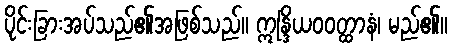
ပိုင်းခြားအပ်သည်၏အဖြစ်သည်။ ဣန္ဒြိယဝဝတ္ထာနံ၊ မည်၏။